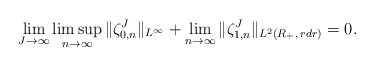
\begin{align*}\lim_{J\to\infty}\limsup_{n\to\infty}\|\zeta^J_{0,n}\|_{L^{\infty}}+\lim_{n\to\infty}\|\zeta^J_{1,n}\|_{L^2(R_+,\,rdr)}= 0.\end{align*}